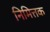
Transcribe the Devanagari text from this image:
निमित्तक